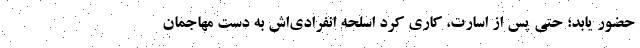
حضور یابد؛ حتی پس از اسارت، کاری کرد اسلحه انفرادی‌اش به دست مهاجمان